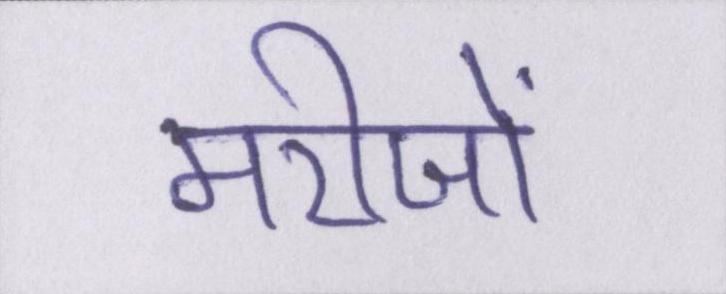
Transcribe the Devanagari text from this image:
मरीजों